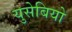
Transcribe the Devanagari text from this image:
युसेबियो